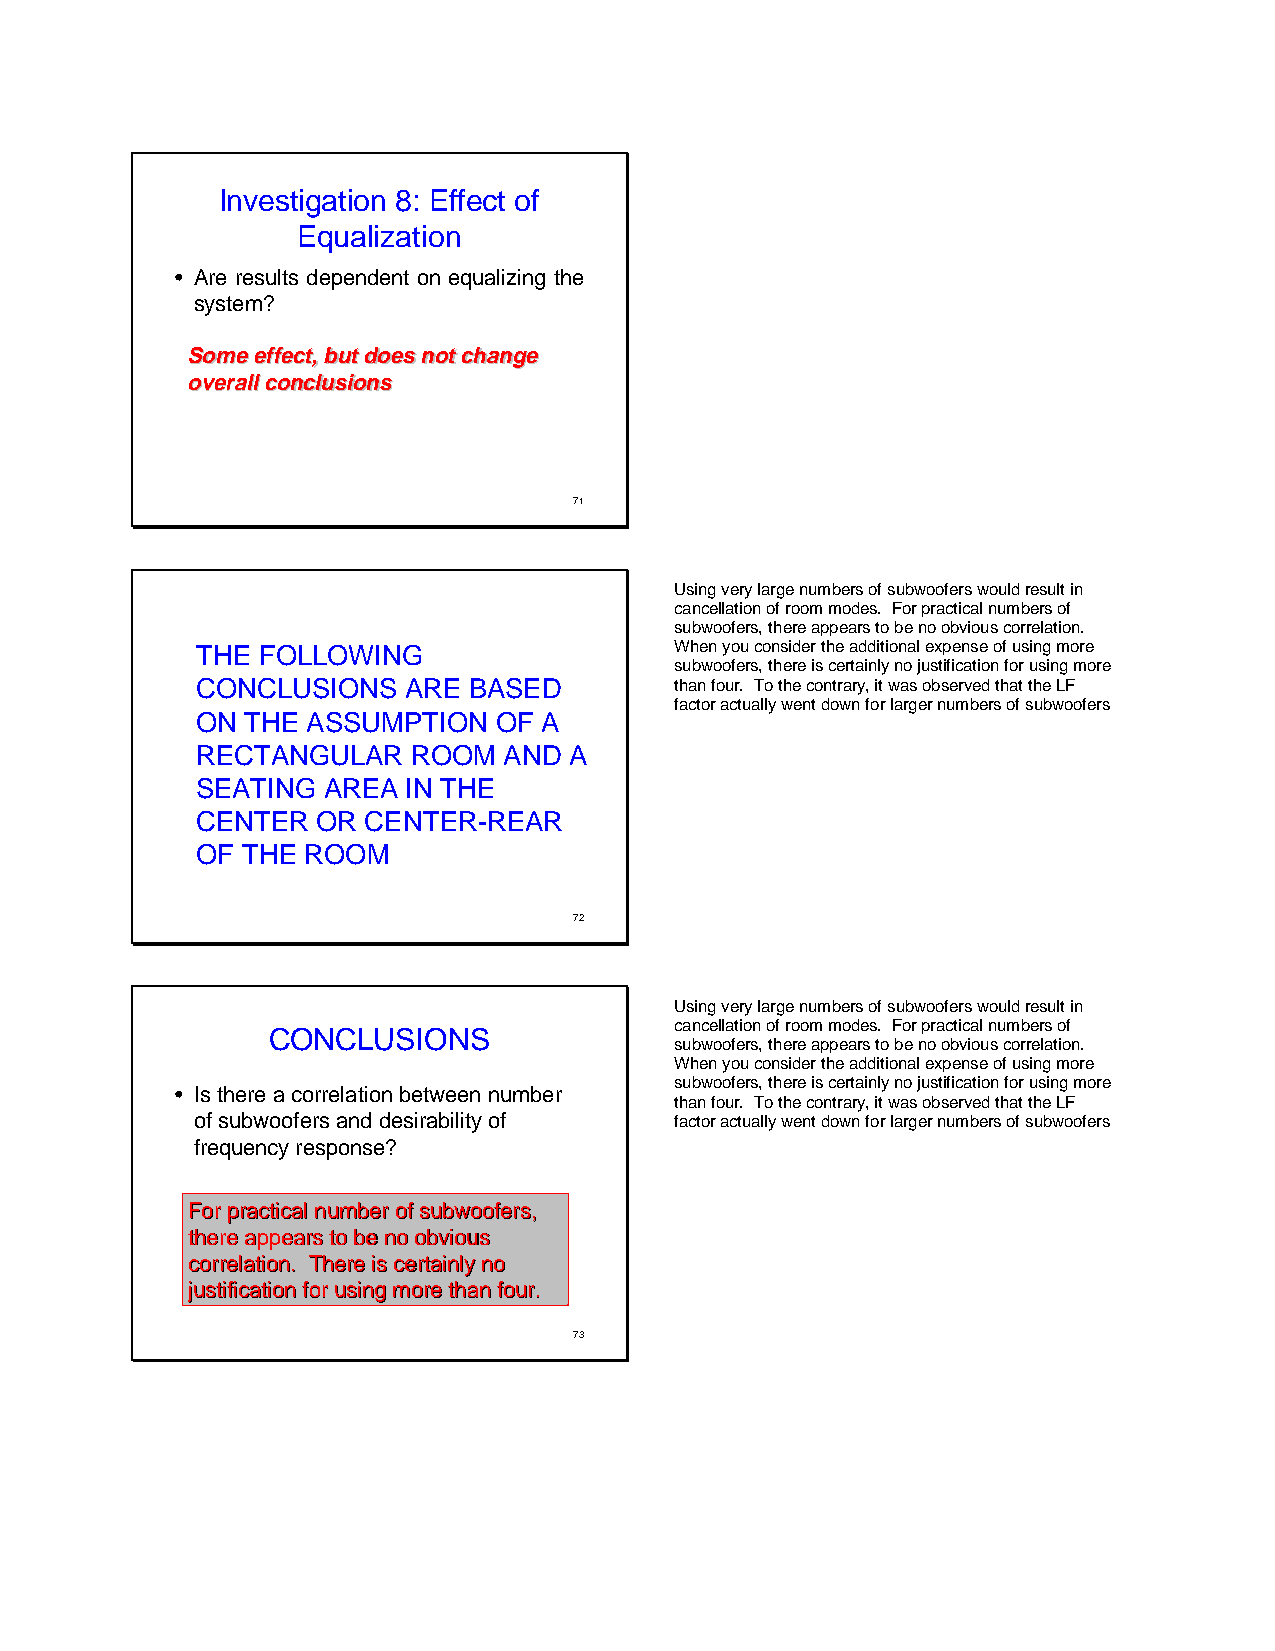
Investigation 8: Effect of
 Equalization
 • Are results dependent on equalizing the
 system?
 SSoommee eeffffeecctt,, bbuutt ddooeess nnoott cchhaannggee
 oovveerraallll ccoonncclluussiioonnss
 71
 Using very large numbers of subwoofers would result in
 cancellation of room modes. For practical numbers of
 subwoofers, there appears to be no obvious correlation.
 THE FOLLOWING                   When you consider the additional expense of using more
 subwoofers, there is certainly no justification for using more
 CONCLUSIONS   ARE BASED         than four. To the contrary, it was observed that the LF
 factor actually went down for larger numbers of subwoofers
 ON THE ASSUMPTION   OF A
 RECTANGULAR   ROOM  AND  A
 SEATING AREA  IN THE
 CENTER  OR CENTER-REAR
 OF THE ROOM
 72
 Using very large numbers of subwoofers would result in
 cancellation of room modes. For practical numbers of
 CONCLUSIONS
 subwoofers, there appears to be no obvious correlation.
 When you consider the additional expense of using more
 subwoofers, there is certainly no justification for using more
 • Is there a correlation between number
 than four. To the contrary, it was observed that the LF
 of subwoofers and desirability of factor actually went down for larger numbers of subwoofers
 frequency response?
 FFoorr pprraaccttiiccaall nnuummbbeerr ooff ssuubbwwooooffeerrss,,
 tthheerree aappppeeaarrss ttoo bbee nnoo oobbvviioouuss
 ccoorrrreellaattiioonn.. TThheerree iiss cceerrttaaiinnllyy nnoo
 jjuussttiiffiiccaattiioonn ffoorr uussiinngg mmoorree tthhaann ffoouurr..
 73